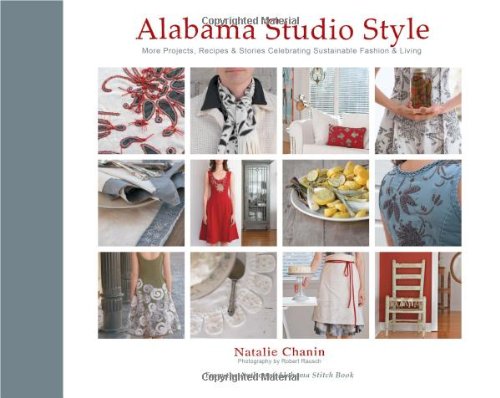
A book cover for Alabama Studio Style: More Projects, Recipes & Stories Celebrating Sustainable Fashion & Living; Natalie Chanin; Crafts, Hobbies & Home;